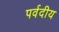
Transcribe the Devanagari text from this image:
पर्वदीय